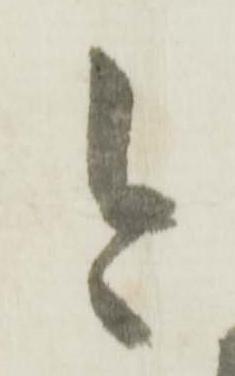
今